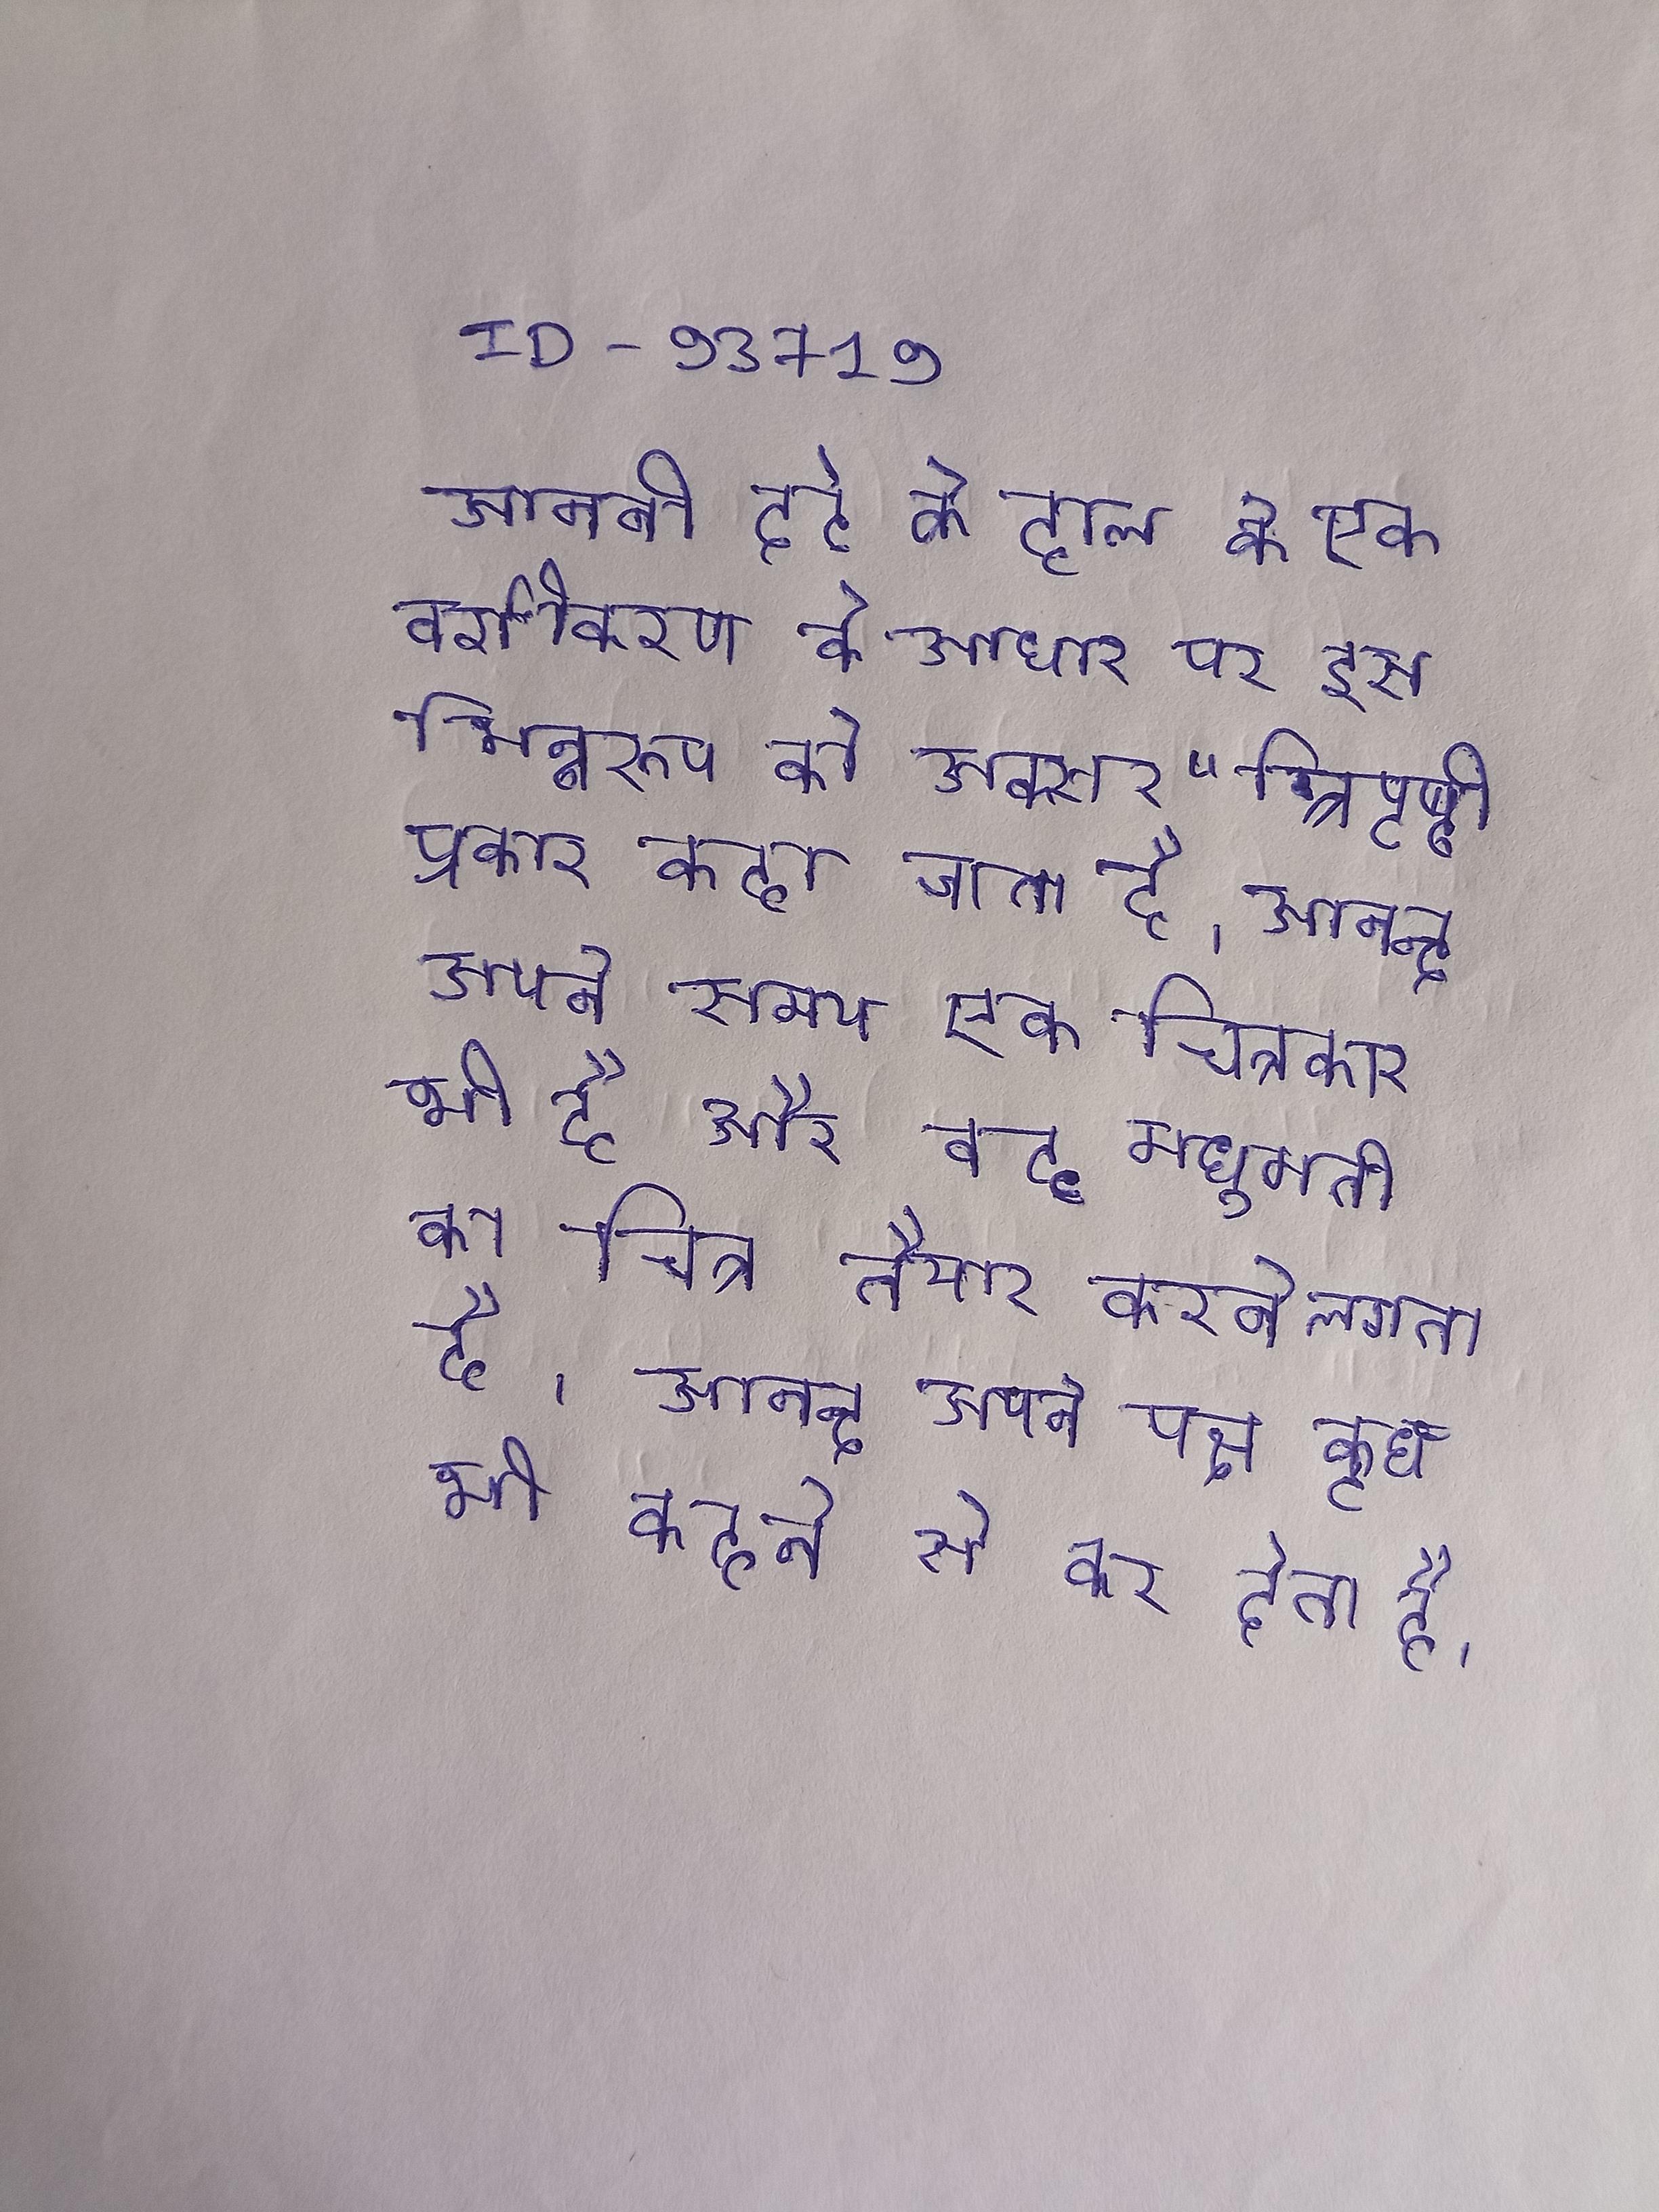
आननी दर्द के हाल के एक वर्गीकरण के आधार पर इस भिन्नरूप को अक्सर "त्रिपृष्ठी प्रकार कहा जाता है । आनन्द अपने समय एक चित्रकार भी है और वह मधुमती का चित्र तैयार करने लगता है । आनन्द अपने पक्ष कुछ भी कहने से कर देता है ।